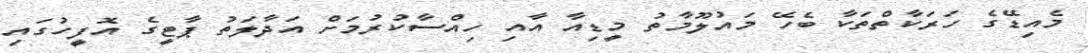
މެއިޑޭގެ ހަރަކާތްތަކާ ބެހޭ މައުލޫމާތު މީޑިއާ އާއި ހިއްސާކުރުމަށް އަދާލަތު ޕާޓީގެ އޮފީހުގައި